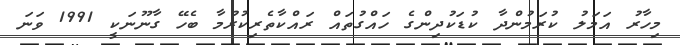
މިހާރު އަމަލު ކުރަމުންދާ ކުޑަކުދިންގެ ހައްގުތައް ރައްކާތެރިކުރުމާ ބެހޭ ގާނޫނަކީ 1991 ވަނަ